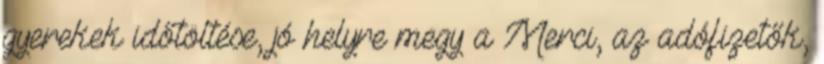
gyerekek időtöltése, jó helyre megy a Merci, az adófizetők,